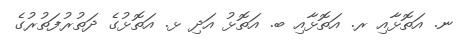
ނ. އަތޮޅާއި ރ. އަތޮޅާއި ބ. އަތޮޅު އަދި ޅ. އަތޮޅުގެ ދަތުރުފަތުރުގެ